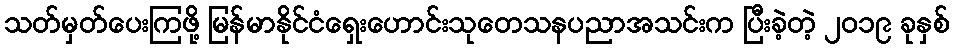
သတ်မှတ်ပေးကြဖို့ မြန်မာနိုင်ငံရှေးဟောင်းသုတေသနပညာအသင်းက ပြီးခဲ့တဲ့ ၂၀၁၉ ခုနှစ်